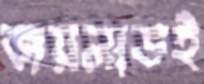
জয়লাভই